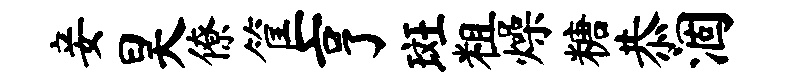
妾昊僚筐亨斑粗燥糖恭涸